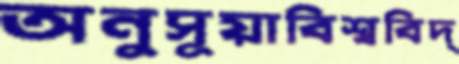
অনুসূয়াবিশ্ববিদ্